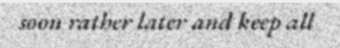
soon rather later and keep all